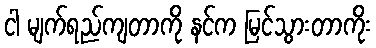
ငါ မျက်ရည်ကျတာကို နင်က မြင်သွားတာကိုး